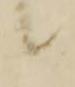
候